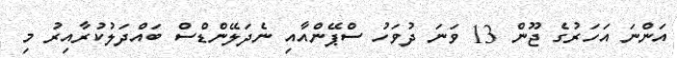
އަންނަ އަހަރުގެ ޖޫން 13 ވަނަ ދުވަހު ސްޕޭންއާއި ނެދަލޭންޑްސް ބައްދަލުކުރާއިރު މި